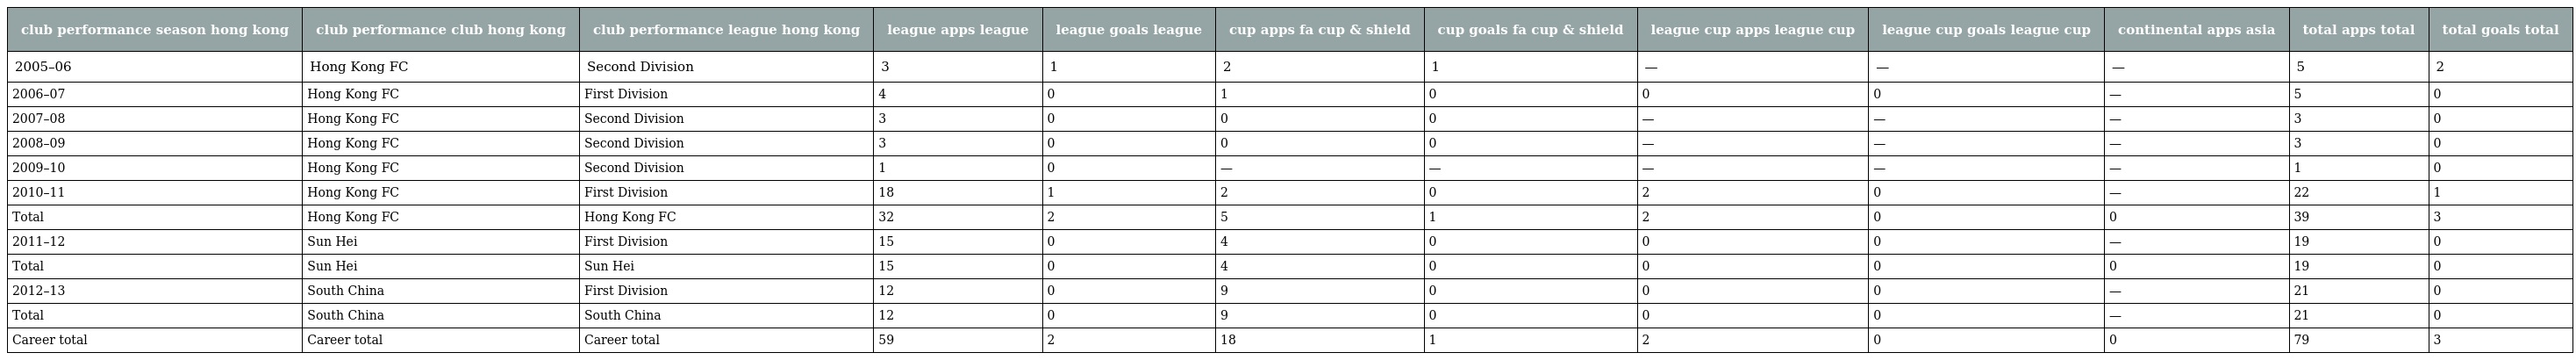
| club performance season hong kong | club performance club hong kong | club performance league hong kong | league apps league | league goals league | cup apps fa cup & shield | cup goals fa cup & shield | league cup apps league cup | league cup goals league cup | continental apps asia | total apps total | total goals total |
 | --- | --- | --- | --- | --- | --- | --- | --- | --- | --- | --- | --- |
 | 2005–06 | Hong Kong FC | Second Division | 3 | 1 | 2 | 1 | — | — | — | 5 | 2 |
 | 2006–07 | Hong Kong FC | First Division | 4 | 0 | 1 | 0 | 0 | 0 | — | 5 | 0 |
 | 2007–08 | Hong Kong FC | Second Division | 3 | 0 | 0 | 0 | — | — | — | 3 | 0 |
 | 2008–09 | Hong Kong FC | Second Division | 3 | 0 | 0 | 0 | — | — | — | 3 | 0 |
 | 2009–10 | Hong Kong FC | Second Division | 1 | 0 | — | — | — | — | — | 1 | 0 |
 | 2010–11 | Hong Kong FC | First Division | 18 | 1 | 2 | 0 | 2 | 0 | — | 22 | 1 |
 | Total | Hong Kong FC | Hong Kong FC | 32 | 2 | 5 | 1 | 2 | 0 | 0 | 39 | 3 |
 | 2011–12 | Sun Hei | First Division | 15 | 0 | 4 | 0 | 0 | 0 | — | 19 | 0 |
 | Total | Sun Hei | Sun Hei | 15 | 0 | 4 | 0 | 0 | 0 | 0 | 19 | 0 |
 | 2012–13 | South China | First Division | 12 | 0 | 9 | 0 | 0 | 0 | — | 21 | 0 |
 | Total | South China | South China | 12 | 0 | 9 | 0 | 0 | 0 | — | 21 | 0 |
 | Career total | Career total | Career total | 59 | 2 | 18 | 1 | 2 | 0 | 0 | 79 | 3 |